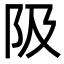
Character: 𨸚